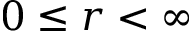
0 \leq r < \infty